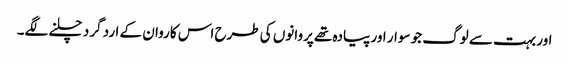
اور بہت سے لوگ جو سوار اور پیادہ تھے پروانوں کی طرح اس کاروان کے ارد گرد چلنے لگے۔